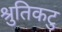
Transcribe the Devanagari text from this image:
श्रुतिकटु